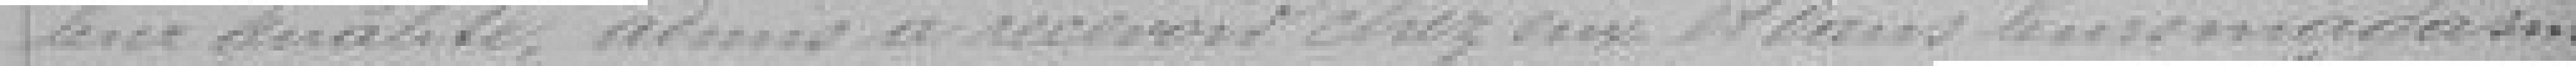
leur qualité, admis à recevoir chez eux et dans leur magasin